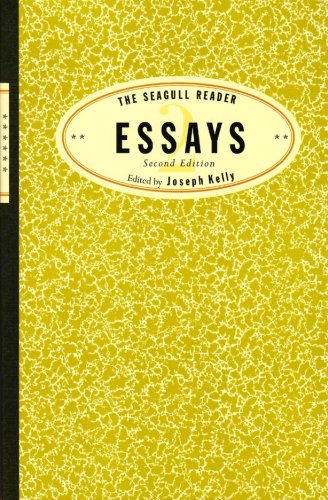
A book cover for The Seagull Reader: Essays (Second Edition); Crafts, Hobbies & Home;